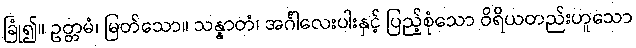
ခြုံ၍။ ဥတ္တမံ၊ မြတ်သော။ သန္နာတံ၊ အင်္ဂါလေးပါးနှင့် ပြည့်စုံသော ဝိရိယတည်းဟူသော